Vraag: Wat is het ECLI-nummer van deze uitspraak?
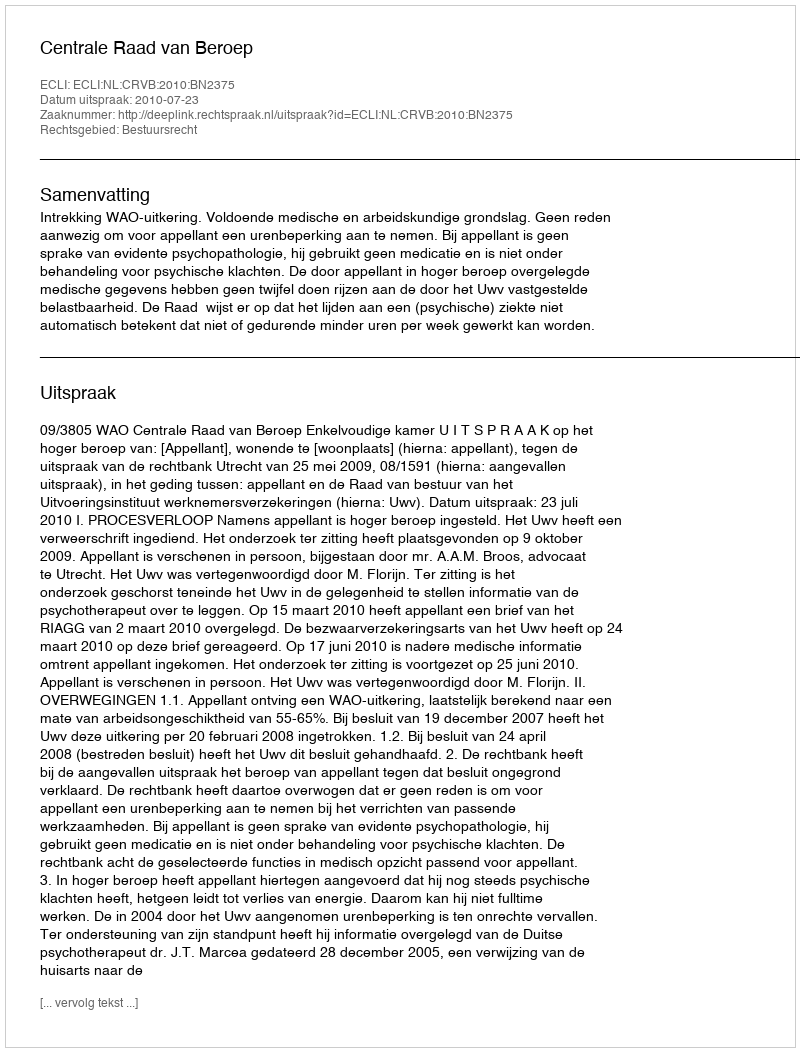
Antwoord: ECLI:NL:CRVB:2010:BN2375